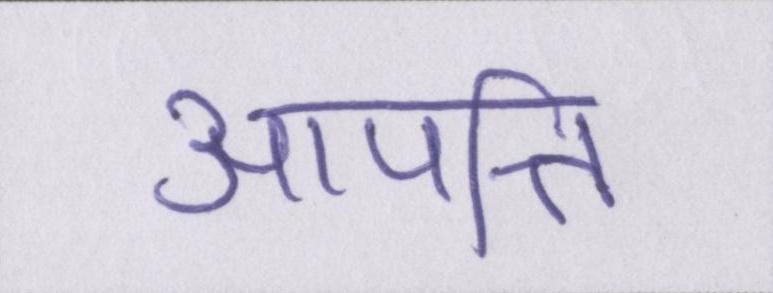
आपत्ति